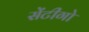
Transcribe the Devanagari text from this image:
सेंटीगो